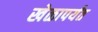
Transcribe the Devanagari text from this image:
खेळापर्यंत